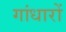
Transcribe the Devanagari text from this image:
गांधारों